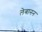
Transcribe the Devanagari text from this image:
लेबानन